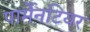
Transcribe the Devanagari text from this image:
पार्मेनटियर